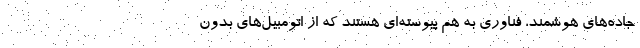
جاده‌های هوشمند، فناوری به هم پیوسته‌ای هستند که از اتومبیل‌های بدون